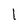
Character: l